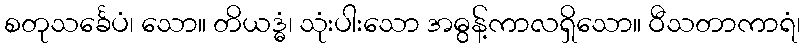
စတုသင်္ခေပံ၊ သော။ တိယဒ္ဓံ၊ သုံးပါးသော အဓွန့်ကာလရှိသော။ ဝီသတာကာရံ၊